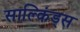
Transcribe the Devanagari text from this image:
साल्किंड्स